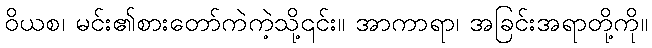
ဝိယစ၊ မင်း၏စားတော်ကဲကဲ့သို့၎င်း။ အာကာရာ၊ အခြင်းအရာတို့ကို။